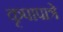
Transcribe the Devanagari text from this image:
कृपापात्रे